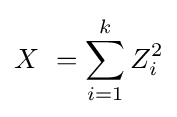
X\ =\sum _{i=1}^{k}Z_{i}^{2}